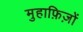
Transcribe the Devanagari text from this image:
मुहाफ़िज़ों